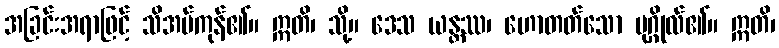
အခြင်းအရာဖြင့် သိအပ်ကုန်၏။ ဣတိ၊ သို့။ ဒေသ ယန္တဿ၊ ဟောတတ်သော ပုဂ္ဂိုလ်၏။ ဣတိ၊